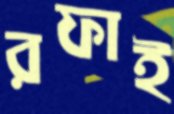
রফাই